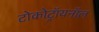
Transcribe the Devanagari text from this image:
टोकोट्रॉयनॉल